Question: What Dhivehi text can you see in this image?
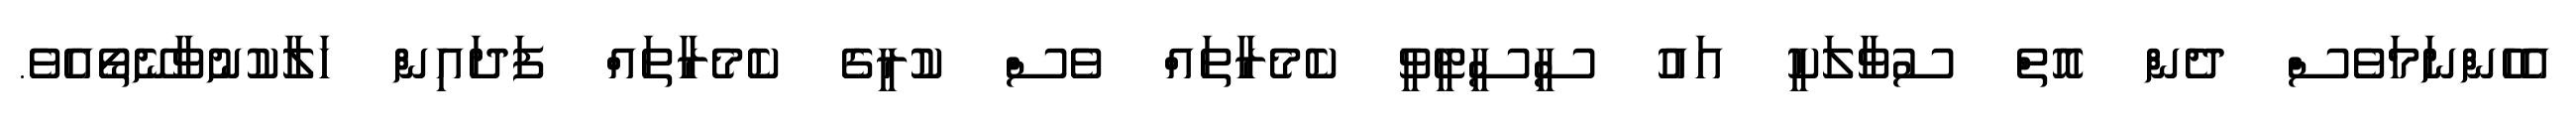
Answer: އެހެންނަމަވެސް ދެން އޮތް ސުވާލަކީ އައު ސީސީޓީވީ ކެމެރާތައް ވެސް ކުރީގެ ކެމެރާތައް ފަދައިން ހަލާކުނުވާނޭތޯއެވެ.